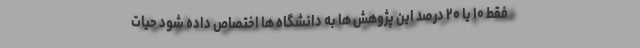
فقط ۱۰ یا ۲۰ درصد این پژوهش ها به دانشگاه ها اختصاص داده شود حیات